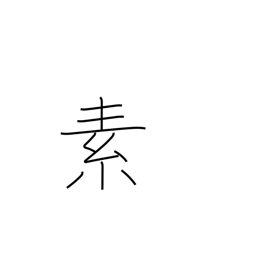
Meaning: principle